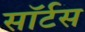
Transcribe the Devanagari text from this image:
सॉर्टस